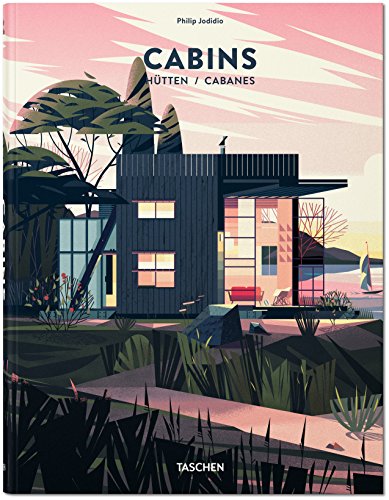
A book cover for Cabins; Philip Jodidio; Crafts, Hobbies & Home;